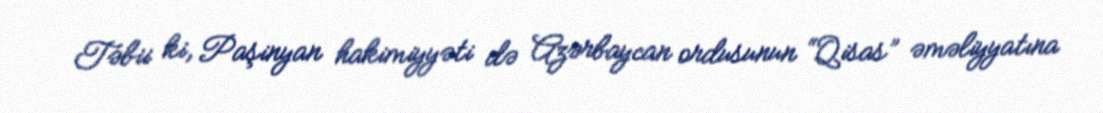
Təbii ki, Paşinyan hakimiyyəti də Azərbaycan ordusunun “Qisas” əməliyyatına